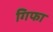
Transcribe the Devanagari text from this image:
गिफा